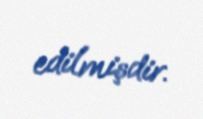
edilmişdir.